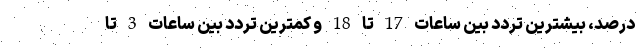
درصد، بیشترین تردد بین ساعات 17 تا 18 و کمترین تردد بین ساعات 3 تا